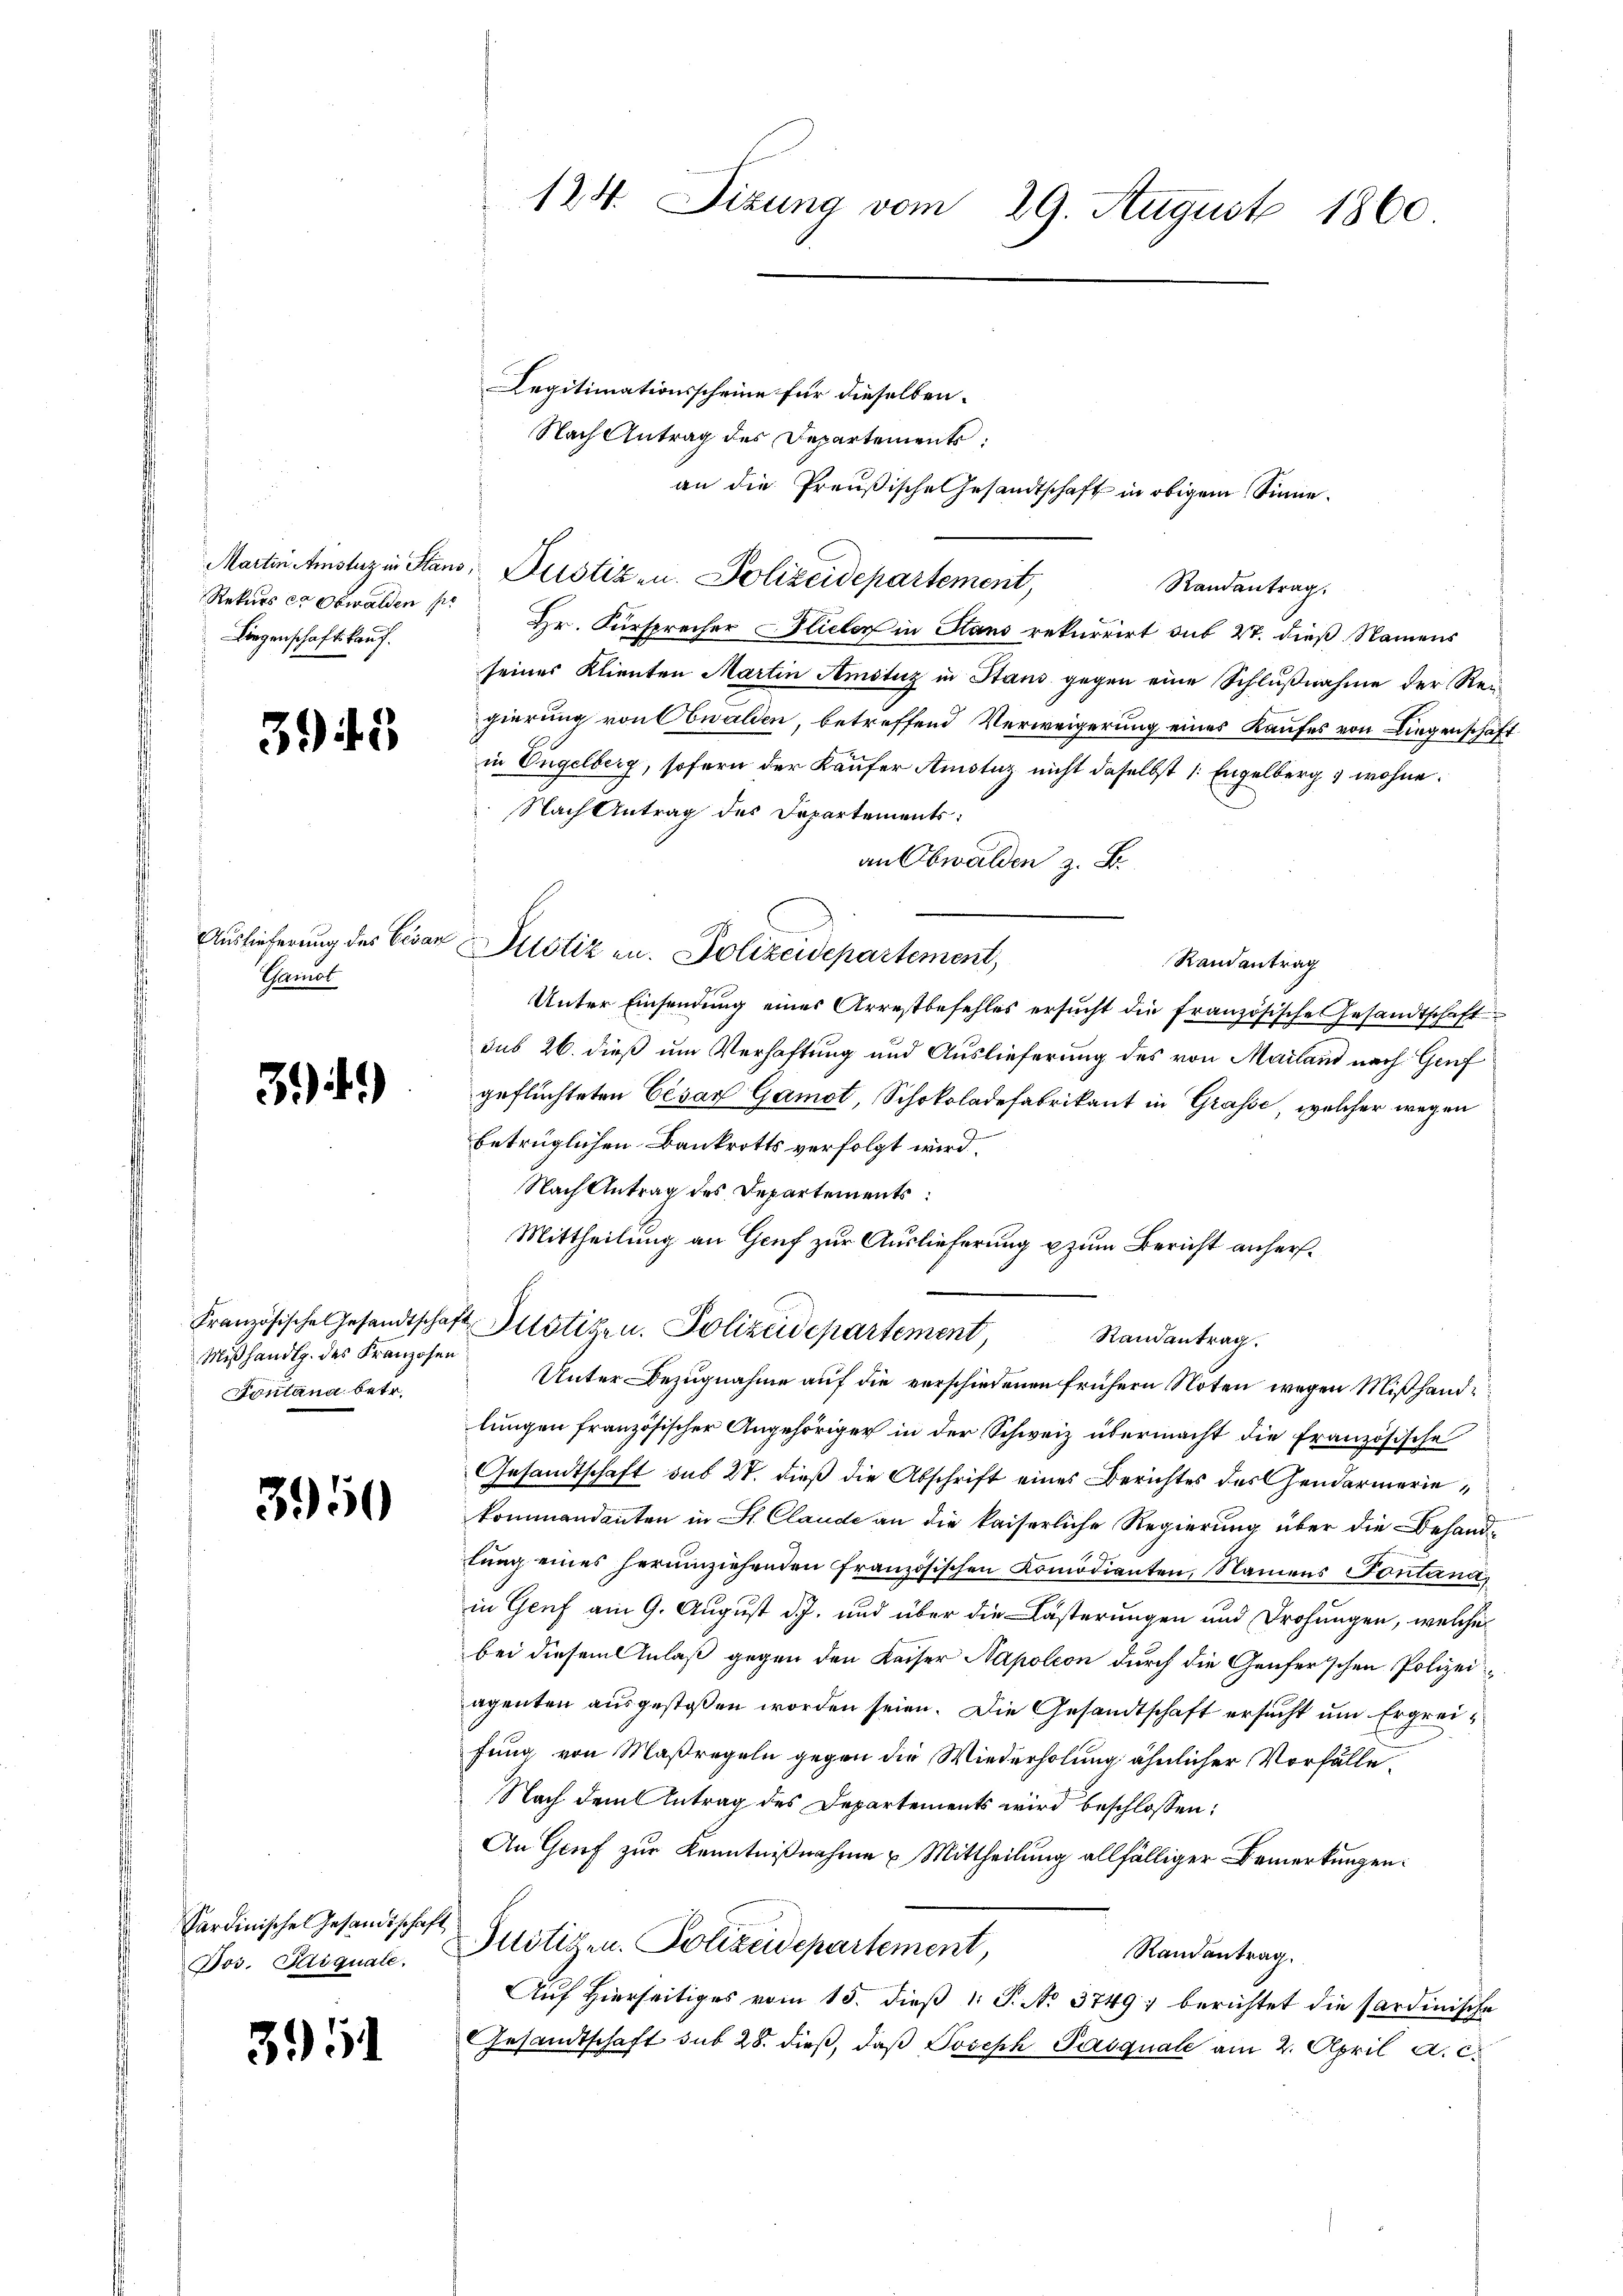
Rekurs er Obwalden pr
Liegenschaftskauf.

393

Auslieferung des Cesar
Thamot

34)

Mißhandlg. des Franzosen
Fontana betr.

3950

Sardinische Gesandtschaf
Jos. Pasquale.

3951

124. Sizung vom 29. August 1860

Legitimationsscheine für dieselben.
Nach Antrag des Departement
an die Preußische Gesandtschaft in obigem Sinne.
Martin Amsturz in Stans, Pustiz- u. Polizeidepartement,
Randantrag.
Hr. Fürsprecher lieber in Haus rekurrirt sub 27. dieß Namens
seiner Klienten Martin Amstuz in Stans gegen eine Schlußnahme der Reigierung von Obwalden, betreffend Verweigerung eines Kaufes von Liegenschaft
in Ungelberg, sofern der Käufer Amstuz nicht daselbst 1: Engelberg wohne
Nach Antrag des Departements:
an Obwalden z. B.
r Justiz an. Polizeidepartement,
Randantrag
Unter Einsendung eines Arrestbefehles ersŭcht die französische Gesandtschaft
sub 26. dieß um Verhaftung und Auslieferung des von Mailand nach Genf
geflüchteten Cesar Gamot, Schokoladefabrikant in Grasse, welcher wegen
betrüglichen Baukrotts verfolgt wird.
Nach Antrag des Departements:
Mittheilung an Genf zur Auslieferung u zum Bericht anhers¬
Französische Gesandtschaft Altötigen. Polizeidepartement
Randantrag.
Unter Bezugnahme auf die verschiedenen frühern Noten wegen Mißhandlungen französischer Angehöriger in der Schweiz übermacht die Französische
Gesandtschaft sub 27. dieß die Abschrift eines Berichtes des Genermeriekommandanten in St. Claude an die kaiserliche Regierung über die Behandtung eines herumziehenden Französischen Komödianten, Namens Pontana,
in Genf am 9. August d. J. und über die Kästerungen und Drohungen, welche
bei diesem Anlaß gegen den Kaiser Napoleon durch die Genferschen Polizeiagenten ausgestossen worden seien. Die Gesandtschaft ersucht um Ergreifung von Maßregeln gegen die Wiederholung ähnlicher Vorfälle¬
Nach dem Antrag des Departements wird beschlossen:
An Genf zur Kenntnißnahme & Mittheilung allfälliger Bemerkungen:
Juitigen. Polizeidepartement,
Randantrag.
Auf Hierseitiges vom 15. dieß 1 S. No 3749) berichtet die Sardinische
GGesandtschaft sub 28. dieß, daß Joseph Pasquale am 2. April a. c.